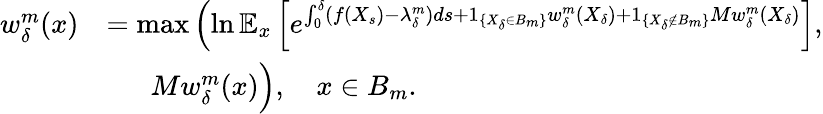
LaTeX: \begin{array}{rl}{w_{\delta}^{m}(x)}&{=\operatorname*{max}\left(\ln\mathbb{E}_{x}\left[e^{\int_{0}^{\delta}(f(X_{s})-\lambda_{\delta}^{m})ds+1_{\{ X_{\delta}\in B_{m}\} }w_{\delta}^{m}(X_{\delta})+1_{\{ X_{\delta}\notin B_{m}\} }Mw_{\delta}^{m}(X_{\delta})}\right]\right.,}\\ &{\phantom{==}Mw_{\delta}^{m}(x)\Big),\quad x\in B_{m}.}\end{array}